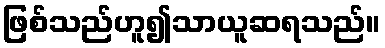
ဖြစ်သည်ဟူ၍သာယူဆရသည်။